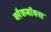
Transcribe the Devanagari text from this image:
ब्लैकबॉक्स